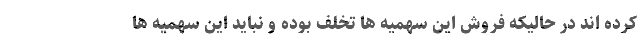
کرده اند در حالیکه فروش این سهمیه ها تخلف بوده و نباید این سهمیه ها